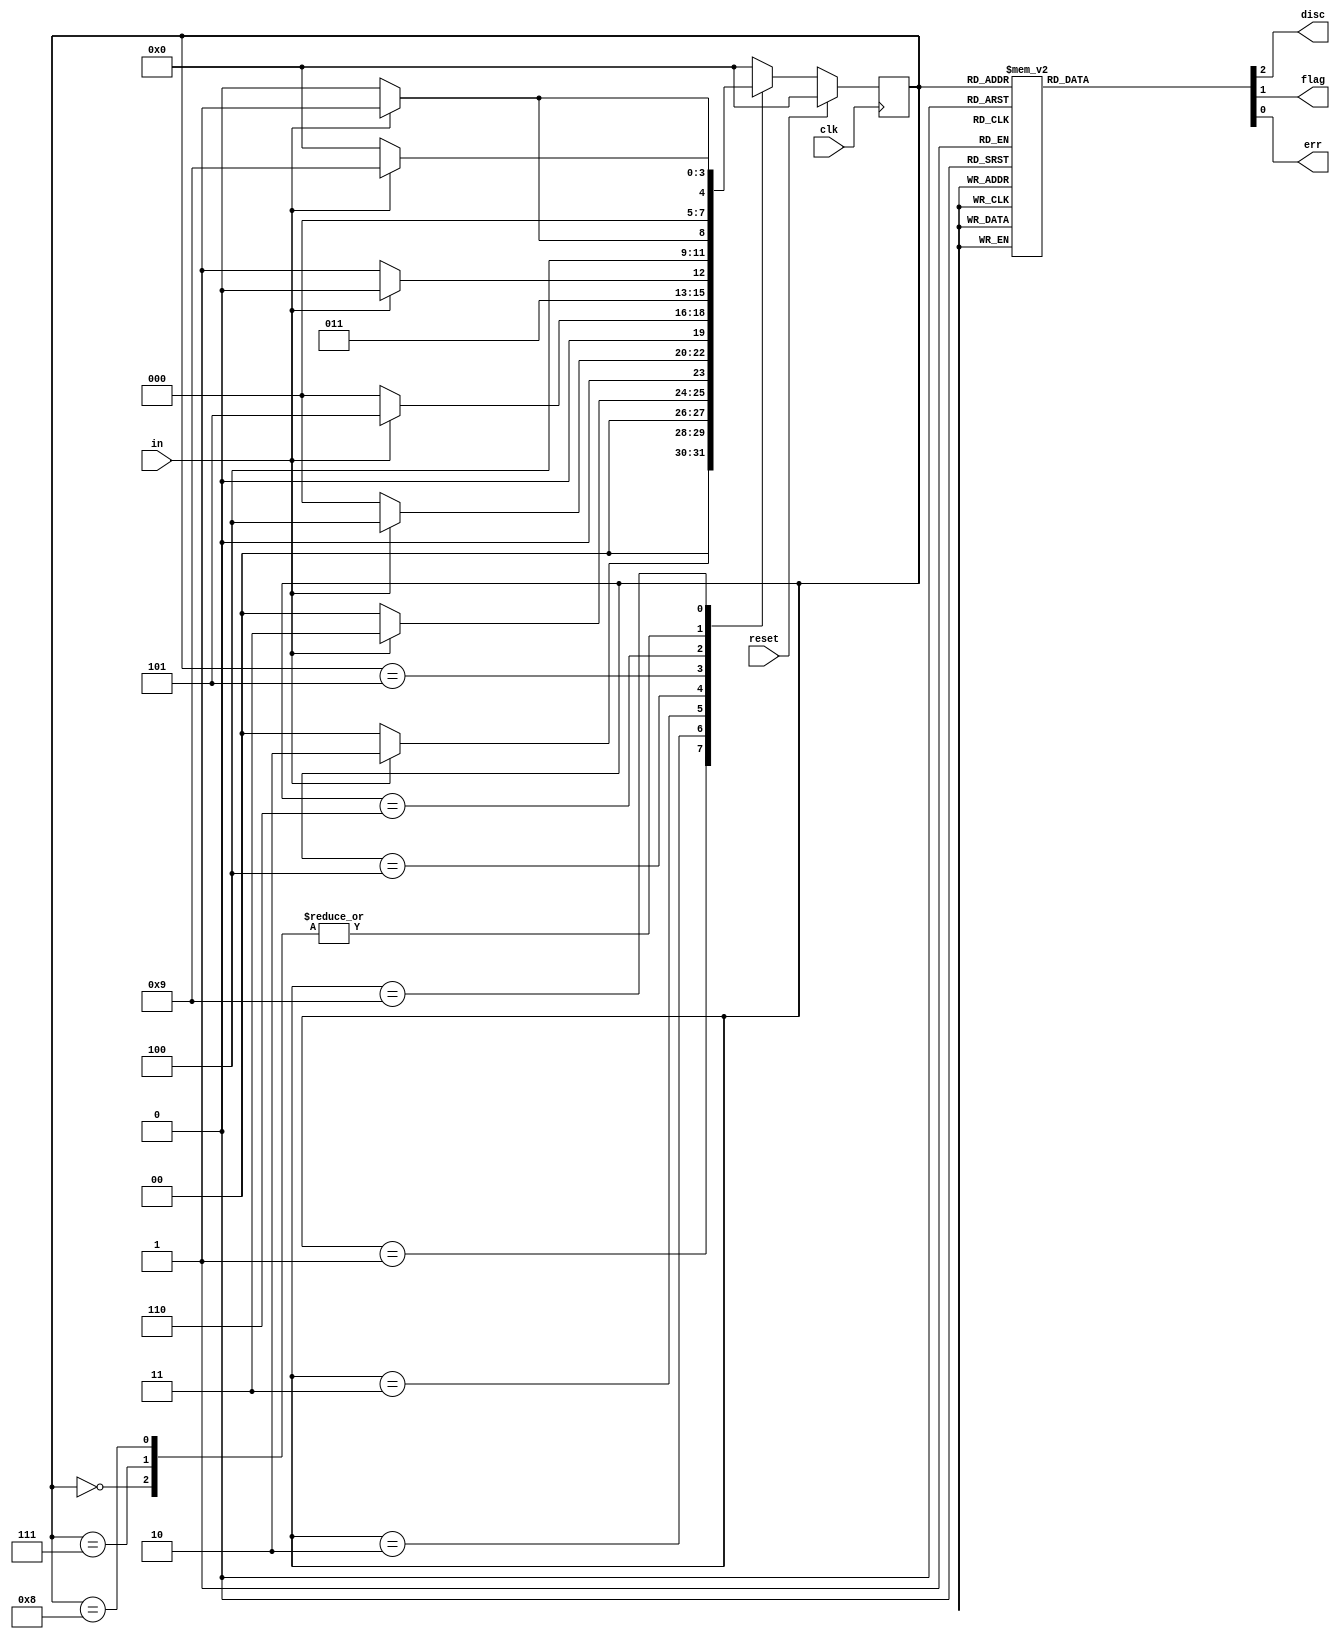
module top_module(
    input clk,
    input reset,    // Synchronous reset
    input in,
    output disc,
    output flag,
    output err);
    
    parameter STANDBY = 4'h0, ONE = 4'h1, TWO = 4'h2, THREE = 4'h3, FOUR = 4'h4, FIVE = 4'h5, SIX = 4'h6, DISCARD = 4'h7, FLAG = 4'h8, ERROR = 4'h9;
    reg [3:0] current_state, next_state;
    
    always@ (*) begin
        case(current_state)
            STANDBY: next_state = in ? ONE : STANDBY;
            ONE: next_state = in ? TWO : STANDBY;
            TWO: next_state = in ? THREE: STANDBY;
            THREE: next_state = in ? FOUR : STANDBY;
            FOUR: next_state = in ? FIVE : STANDBY;
            FIVE: next_state = in ? SIX : DISCARD;
            SIX: next_state = in ? ERROR : FLAG;
            DISCARD: next_state = in ? ONE : STANDBY;
            FLAG: next_state = in ? ONE : STANDBY;
            ERROR: next_state = in ? ERROR : STANDBY;
            default: next_state = STANDBY;
        endcase
    end
    
    always@ (posedge clk) begin
        if(reset == 1'b1) begin
            current_state <= STANDBY;
        end
        else begin
            current_state <= next_state;
        end
    end
    
    always@ (*) begin
        case(current_state)
            STANDBY: {disc, flag, err} = 3'b000;
            ONE: {disc, flag, err} = 3'b000;
            TWO: {disc, flag, err} = 3'b000;
            THREE: {disc, flag, err} = 3'b000;
            FOUR: {disc, flag, err} = 3'b000;
            FIVE: {disc, flag, err} = 3'b000;
            SIX: {disc, flag, err} = 3'b000;
            DISCARD: {disc, flag, err} = 3'b100;
            FLAG: {disc, flag, err} = 3'b010;
            ERROR: {disc, flag, err} = 3'b001;
            default: {disc, flag, err} = 3'b000;
        endcase
    end
    
endmodule